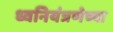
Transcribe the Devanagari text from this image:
ध्वनियंत्रणेच्या